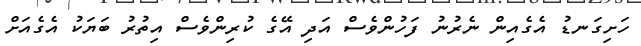
ހަށިގަނޑު އެގެއިން ނެރުނު ފަހުންވެސް އަދި އޭގެ ކުރިންވެސް އިތުރު ބަޔަކު އެގެއަށް